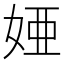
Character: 𫰫